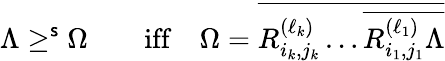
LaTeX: \Lambda\geq^{\mathsf{s}}\Omega\qquad\mathrm{{iff}}\quad\Omega=\overline{{{{R_{i_{k},j_{k}}^{(\ell_{k})}\dots\overline{{{{R_{i_{1},j_{1}}^{(\ell_{1})}\Lambda}}}}}}}}